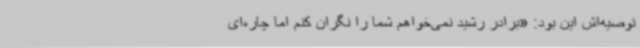
توصیه‌اش این بود: «برادر رشید نمی‌خواهم شما را نگران کنم اما چاره‌ای